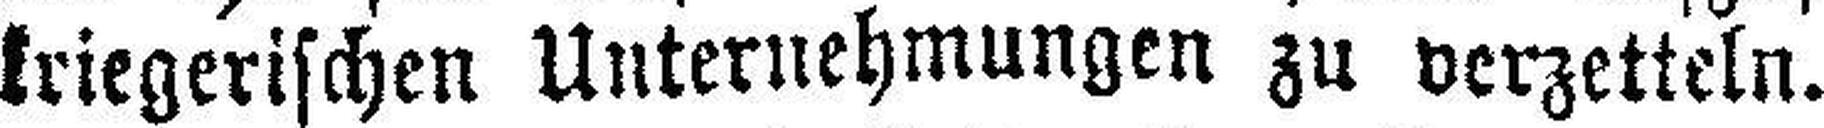
kriegerischen Unternehmungen zu verzetteln.